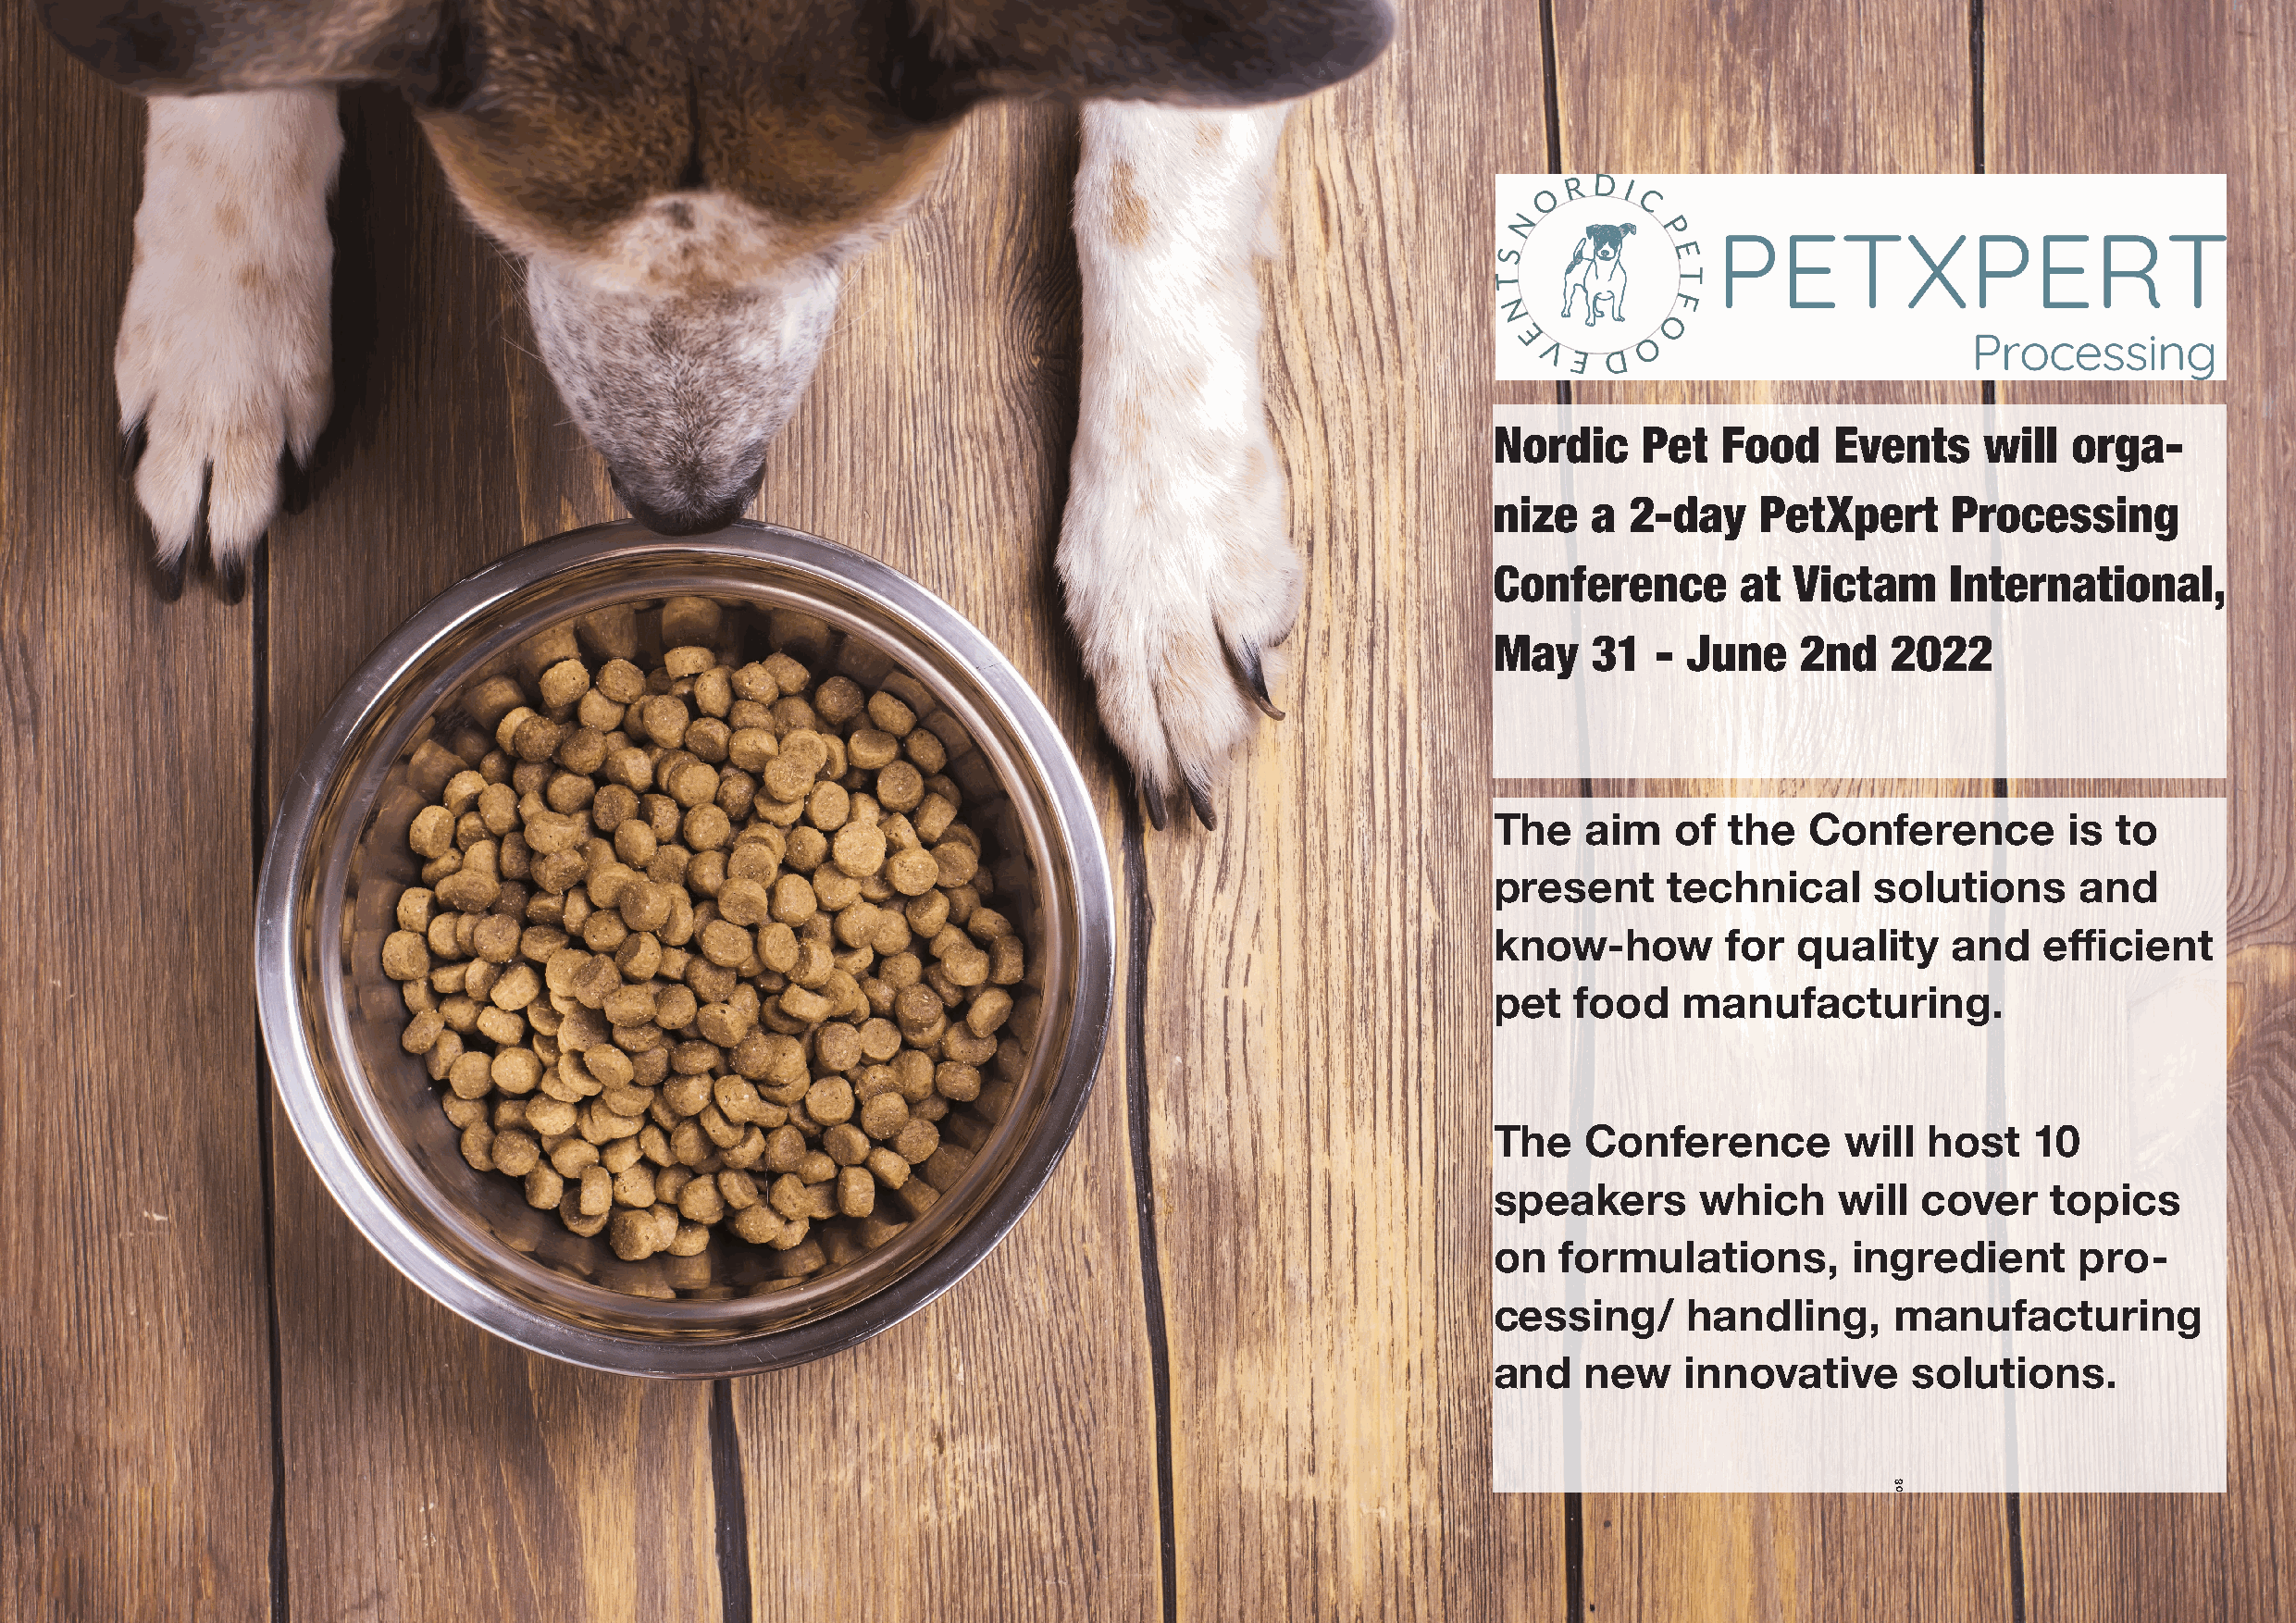
Victam                                                             December   Newsletter
 Nordic    Pet   Food    Events     will  orga-
 nize   a  2-day    PetXpert      Processing
 Conference       at  Victam     International,
 May    31  -  June    2nd   2022
 The   aim    of  the  Conference         is to
 present     technical      solutions      and
 know-how        for   quality    and   efficient
 pet   food   manufacturing.
 The   Conference         will  host   10
 speakers       which    will  cover     topics
 on  formulations,        ingredient       pro-
 cessing/      handling,     manufacturing
 and   new    innovative       solutions.
 80